Vaccine operations Central Provinces & Berar 1922-1929 - 1922-1929
Year: 1922
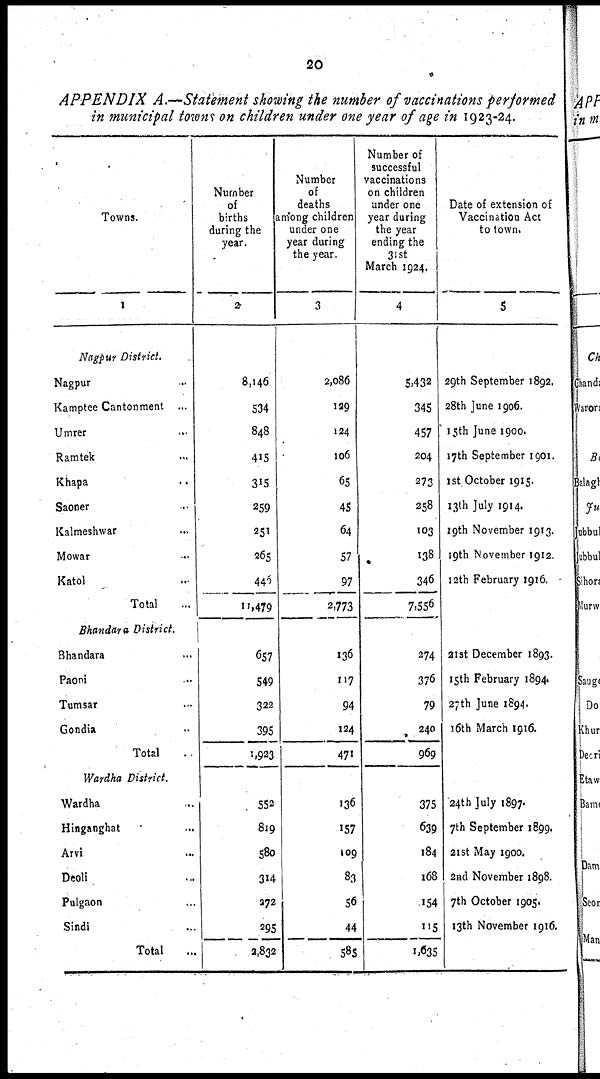
20
APPENDIX A.—Statement showing the number of vaccinations performed
in municipal towns on children under one year of age in 1923-24.
Towns.
1
Nagpur District.
Nagpur...
Kamptee Cantonment...
Umrer...
Ramtek...
Khapa...
Saoner...
Kalmeshwar...
Mowar...
Katol...
Total...
Bhandara District.
Bhandara...
Paoni...
Tumsar...
Gondia...
Total...
Wardha District.
Wardha...
Hinganghat...
Arvi...
Deoli...
Pulgaon...
Sindi...
Total...
Number
of
births
during the
year.
2
8,146
534
848
415
315
259
251
265
446
11,479
657
549
322
395
1,923
552
819
580
314
272
295
2,832
Number
of
deaths
among children
under one
year during
the year.
3
2,086
129
124
106
65
45
64
57
97
2,773
136
117
94
124
471
136
157
109
83
56
44
585
Number of
successful
vaccinations
on children
under one
year during
the year
ending the
31st
March 1924.
4
5,432
345
457
204
273
258
103
138
346
7,556
274
376
79
240
969
375
639
184
168
154
115
1,635
Date of extension of
Vaccination Act
to town.
5
29th September 1892.
28th June 1906.
15th June 1900.
17th September 1901.
1st October 1915.
13th July 1914.
19th November 1913.
19th November 1912.
12th February 1916.
21st December 1893.
15th February 1894.
27th June 1894.
16th March 1916.
24th July 1897.
7th September 1899.
21st May 1900.
2nd November 1898.
7th October 1905.
13th November 1916.